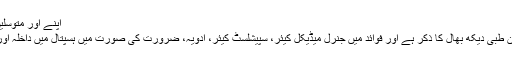
اپنے اور متوسلین کے لیے طبی دیکھ بھال/میڈیکل کیئر
قانون میں بیماری اور زچگی کے دوران طبی دیکھ بھال کا ذکر ہے اور فوائد میں جنرل میڈیکل کیئر، سپیشلسٹ کیئر، ادویہ، ضرورت کی صورت میں ہسپتال میں داخلہ اور حاملہ عورت کی دیکھ بھال شامل ہیں۔